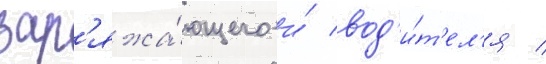
зар'яжа́ющего и́ вод'и́т'ел'я /